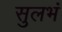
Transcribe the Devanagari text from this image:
सुलभं